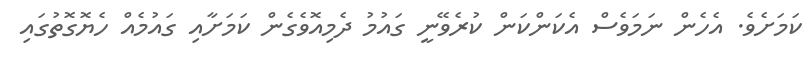
ކަމަށެވެ. އެހެން ނަމަވެސް އެކަންކަން ކުރެވޭނީ ގައުމު ދެމިއޮވެގެން ކަމަށާއި ގައުމެއް ހެޔޮގޮތުގައި